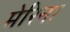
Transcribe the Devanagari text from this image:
मेरिना